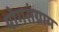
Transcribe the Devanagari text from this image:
योगसंग्राम